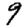
Digit: 9